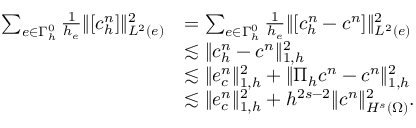
\begin{array} { r l } { \sum _ { e \in \Gamma _ { h } ^ { 0 } } \frac { 1 } { h _ { e } } \Vert [ c _ { h } ^ { n } ] \Vert _ { L ^ { 2 } ( e ) } ^ { 2 } } & { = \sum _ { e \in \Gamma _ { h } ^ { 0 } } \frac { 1 } { h _ { e } } \Vert [ c _ { h } ^ { n } - c ^ { n } ] \Vert _ { L ^ { 2 } ( e ) } ^ { 2 } } \\ & { \lesssim \Vert \boldsymbol { c } _ { h } ^ { n } - \boldsymbol { c } ^ { n } \Vert _ { 1 , h } ^ { 2 } } \\ & { \lesssim \Vert \boldsymbol { e } _ { c } ^ { n } \Vert _ { 1 , h } ^ { 2 } + \Vert \boldsymbol { \Pi } _ { h } c ^ { n } - \boldsymbol { c } ^ { n } \Vert _ { 1 , h } ^ { 2 } } \\ & { \lesssim \Vert \boldsymbol { e } _ { c } ^ { n } \Vert _ { 1 , h } ^ { 2 } + h ^ { 2 s - 2 } \Vert c ^ { n } \Vert _ { H ^ { s } ( \Omega ) } ^ { 2 } . } \end{array}